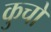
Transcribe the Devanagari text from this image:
कुचों